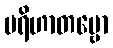
ပရိဟာတဗ္ဗော